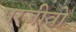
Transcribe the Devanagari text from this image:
परजीवों